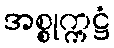
အစ္စုက္ကဋ္ဌံ